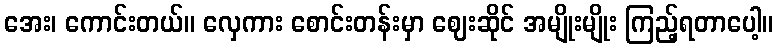
အေး၊ ကောင်းတယ်။ လှေကား စောင်းတန်းမှာ ဈေးဆိုင် အမျိုးမျိုး ကြည့်ရတာပေါ့။